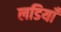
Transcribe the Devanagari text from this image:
लडियाँ